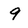
Character: 9